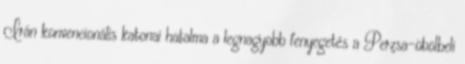
Irán konvencionális katonai hatalma a legnagyobb fenyegetés a Perzsa-öbölbeli